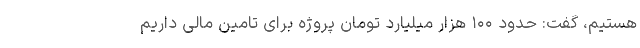
هستیم، گفت: حدود ۱۰۰ هزار میلیارد تومان پروژه برای تامین مالی داریم